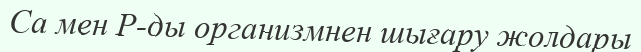
Са мен Р-ды организмнен шығару жолдары